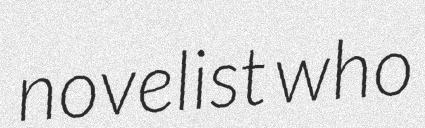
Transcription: novelist who